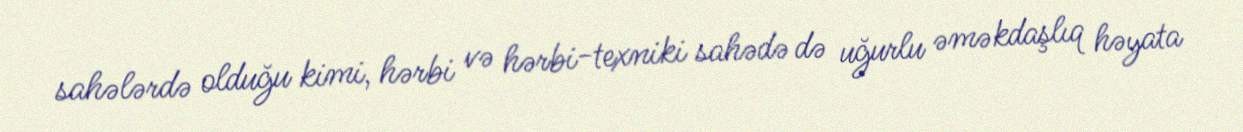
sahələrdə olduğu kimi, hərbi və hərbi-texniki sahədə də uğurlu əməkdaşlıq həyata